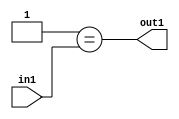
`timescale 1ps / 1ps
/*****************************************************************************
    Verilog RTL Description
    
    
    Created by: Stratus DpOpt 21.05.01 
*******************************************************************************/

module dut_Eqi1u3_4 (
	in1,
	out1
	); /* architecture "behavioural" */ 
input [2:0] in1;
output  out1;
wire  asc001;

assign asc001 = (8'B00000001==in1);

assign out1 = asc001;
endmodule

/* CADENCE  urjwTQE= : u9/ySxbfrwZIxEzHVQQV8Q== ** DO NOT EDIT THIS LINE ******/